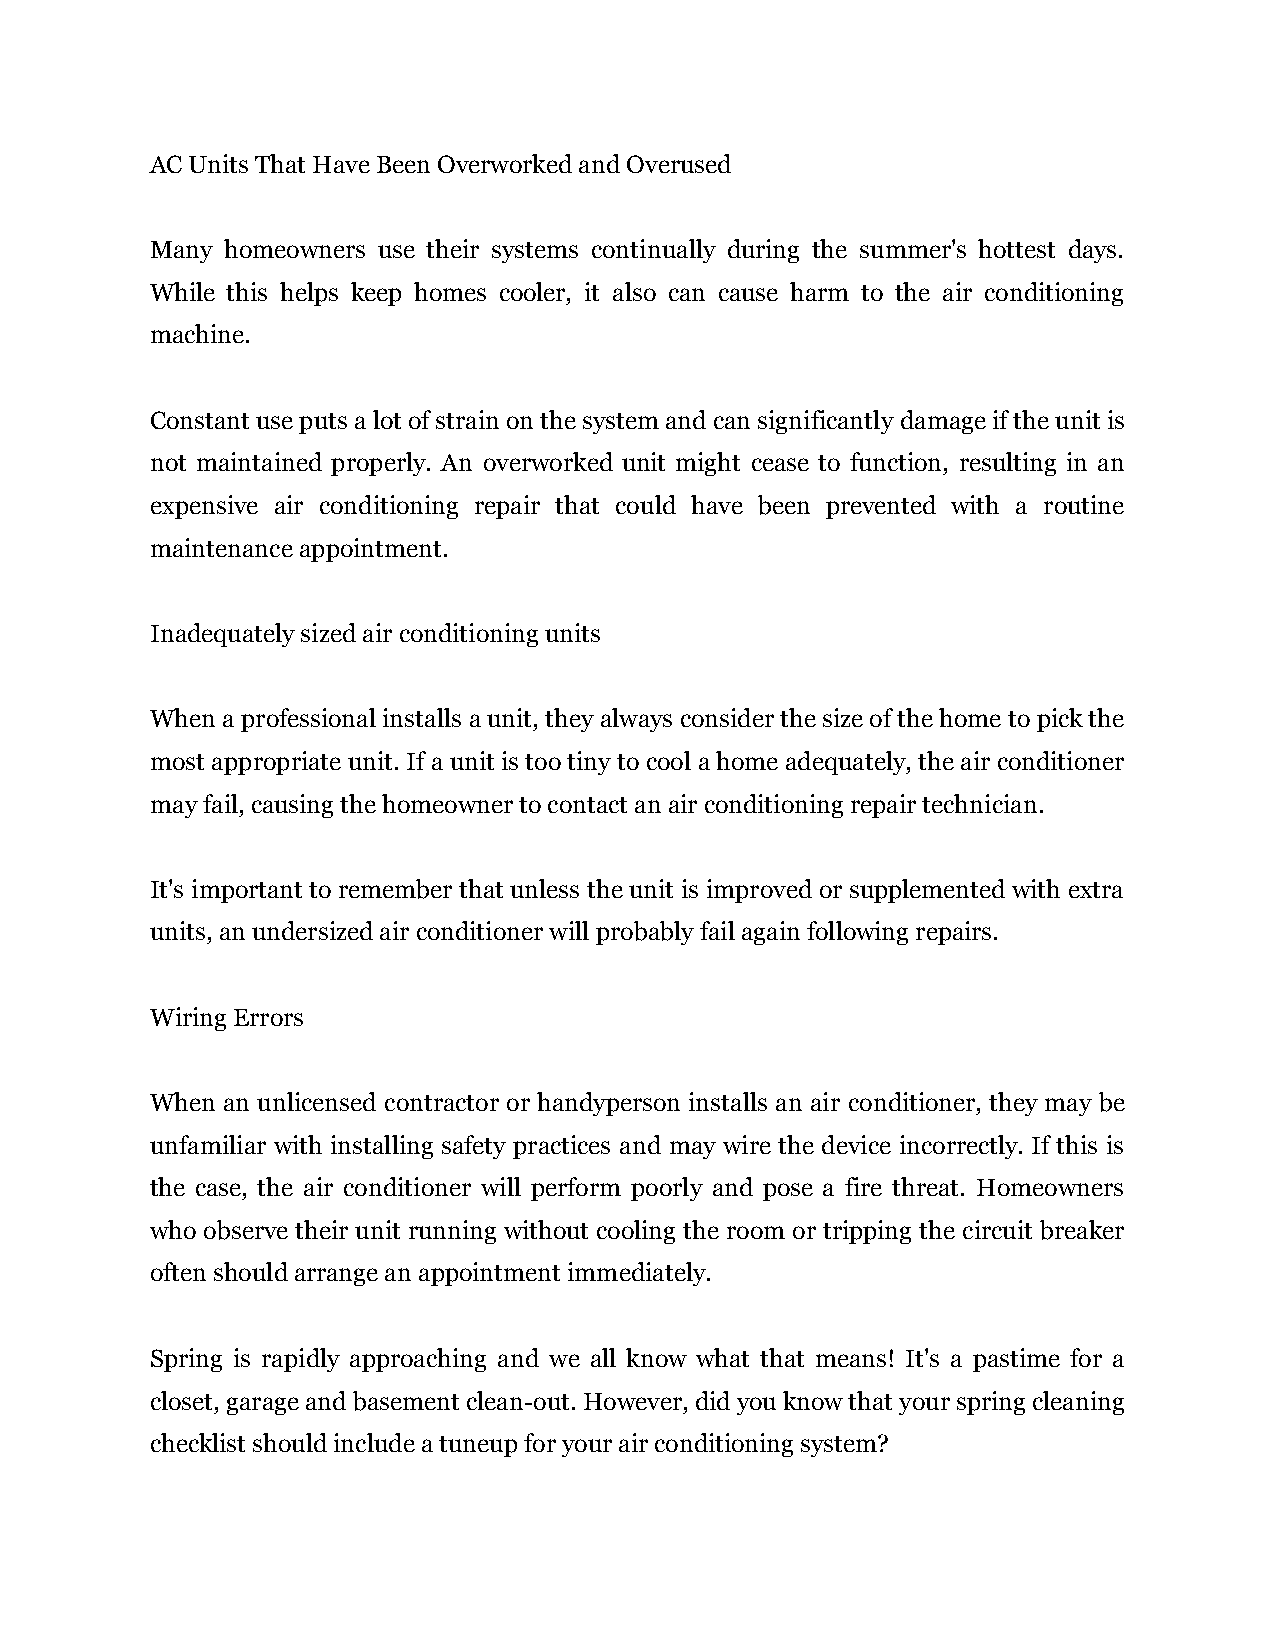
AC Units That Have Been Overworked and Overused
 Many homeowners use their systems continually during the summer's hottest days.
 While this helps keep homes cooler, it also can cause harm to the air conditioning
 machine.
 Constant use puts a lot of strain on the system and can significantly damage if the unit is
 not maintained properly. An overworked unit might cease to function, resulting in an
 expensive air conditioning repair that could have been prevented with a routine
 maintenance appointment.
 Inadequately sized air conditioning units
 When a professional installs a unit, they always consider the size of the home to pick the
 most appropriate unit. If a unit is too tiny to cool a home adequately, the air conditioner
 may fail, causing the homeowner to contact an air conditioning repair technician.
 It's important to remember that unless the unit is improved or supplemented with extra
 units, an undersized air conditioner will probably fail again following repairs.
 Wiring Errors
 When an unlicensed contractor or handyperson installs an air conditioner, they may be
 unfamiliar with installing safety practices and may wire the device incorrectly. If this is
 the case, the air conditioner will perform poorly and pose a fire threat. Homeowners
 who observe their unit running without cooling the room or tripping the circuit breaker
 often should arrange an appointment immediately.
 Spring is rapidly approaching and we all know what that means! It's a pastime for a
 closet, garage and basement clean-out. However, did you know that your spring cleaning
 checklist should include a tuneup for your air conditioning system?